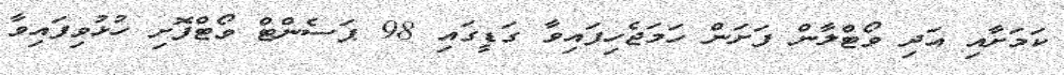
ކަމަށާއި އަދި ވޯޓްލާން ފަށަން ހަމަޖެހިފައިވާ ގަޑީގައި 98 ޕަސެންޓް ވޯޓްފޮށި ހުޅުވިފައިވާ